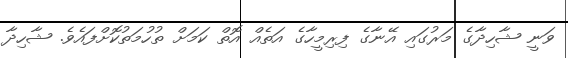
ވަނީ ޝާހިދާގެ މަރުގައި އޭނާގެ ފިރިމީހާގެ އަތެއް އޮތް ކަމަށް ތުހުމަތުކޮށްފައެވެ. ޝާހިދާ